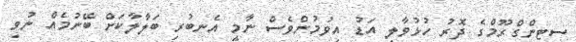
ސިޓިންގްރޫމްގެ ދޮރު ހުޅުވާލި އަޑު އިވުމުންވެސް ނާމީ އެނބުރި ބަލާލާކަށް ބޭނުމެއް ނުވި